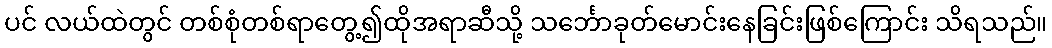
ပင် လယ်ထဲတွင် တစ်စုံတစ်ရာတွေ့၍ထိုအရာဆီသို့ သင်္ဘောခုတ်မောင်းနေခြင်းဖြစ်ကြောင်း သိရသည်။